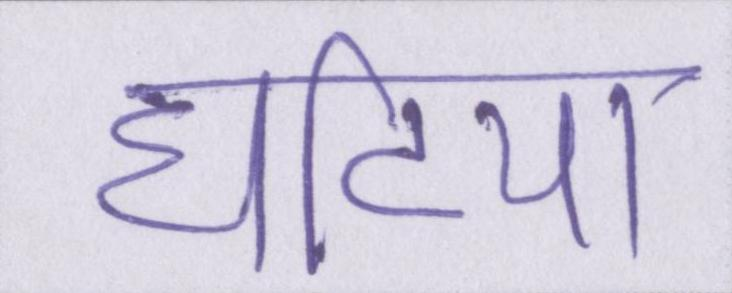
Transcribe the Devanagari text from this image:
घटिया